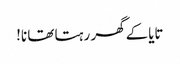
تایاکے گھر رہتا تھا نا!